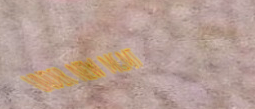
UNDER NEW MGMT